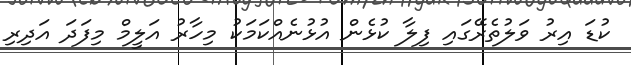
ކުޑަ އިރު ވަލުތެރޭގައި ފިލާ ކުޅެން އުޅުނެއްކަަމަކު މިހާރު އަލީމް މިފަދަ އަދިރި